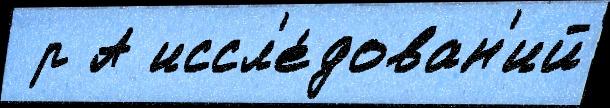
 р А иссл'е́дован'ий